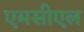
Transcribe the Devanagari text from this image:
एमसीएल